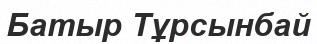
Батыр Тұрсынбай